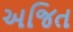
અજિત